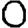
Digit: 0